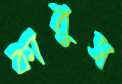
কাবুস